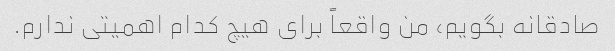
صادقانه بگویم، من واقعاً برای هیچ کدام اهمیتی ندارم.